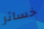
خسائر